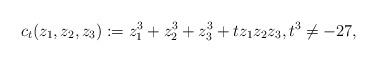
LaTeX: \begin{align*}c_t(z_1,z_2,z_3):=z_1^3+z_2^3+z_3^3+tz_1z_2z_3,t^3\ne -27,\end{align*}